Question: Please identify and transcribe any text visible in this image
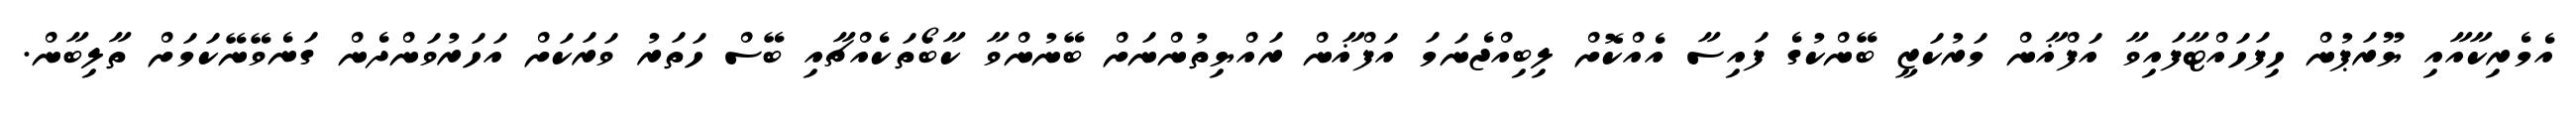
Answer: އެމެރިކާއާއި ޔޫރަޕުން ހިފަހައްޓާފައިވާ އަފްޣާން މަރުކަޒީ ބޭންކުގެ ފައިސާ އެއްކޮށް ލިބިއްޖެނަމަ އަފްޣާން ރައްޔިތުންނަށް ބޭނުންވާ ކާބޯތަކެއްޗާއި ބޭސް ހަތަރު ވަރަކަށް އަހަރުވަންދެން ގަނެވޭނޭކަމަށް ތާލިބާން.